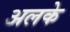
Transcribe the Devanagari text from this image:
अलके